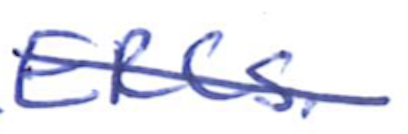
Text: ERCs.
Cross-out: diagonal
Writing tool: ballpoint